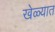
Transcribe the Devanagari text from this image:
खेळ्यात